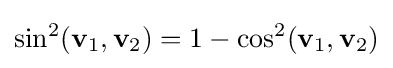
\sin ^{2}(\mathbf {v} _{1},\mathbf {v} _{2})=1-\cos ^{2}(\mathbf {v} _{1},\mathbf {v} _{2})